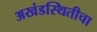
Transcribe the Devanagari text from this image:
अखंडस्थितीचा